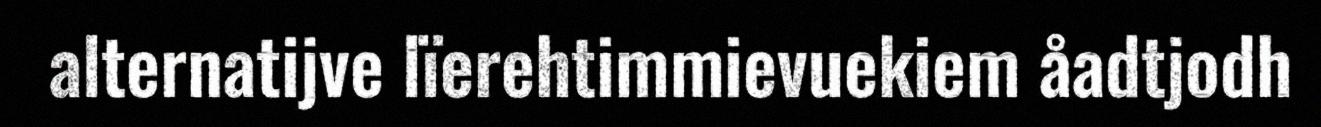
alternatijve lïerehtimmievuekiem åadtjodh